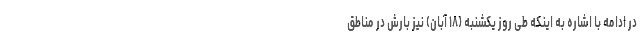
در ادامه با اشاره به اینکه طی روز یکشنبه (۱۸ آبان) نیز بارش در مناطق